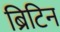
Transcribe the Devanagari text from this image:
ब्रिटिन